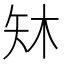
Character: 𪿈